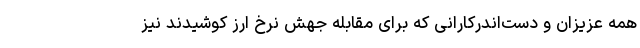
همه عزیزان و دست‌اندرکارانی که برای مقابله جهش نرخ ارز کوشیدند نیز